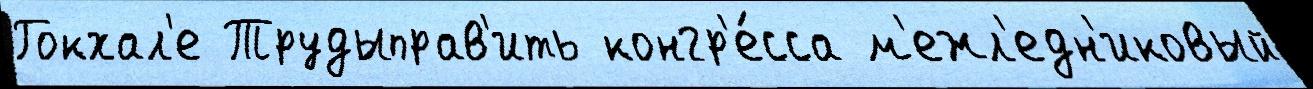
Гокхал'е Трудыправ'ить конгр'е́сса м'ежл'едн'иковый